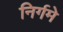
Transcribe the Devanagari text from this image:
निर्गमे